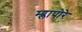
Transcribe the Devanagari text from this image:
म्य्लापोरे